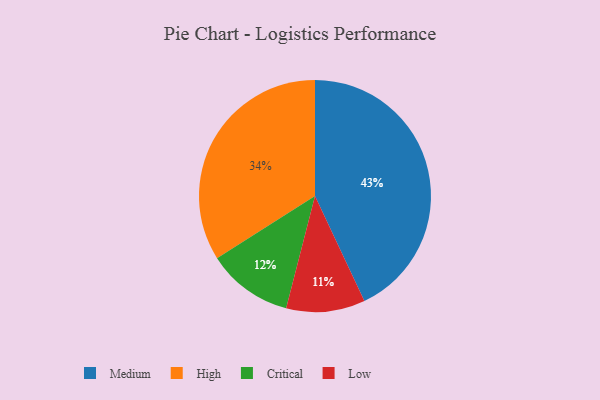
{"axis": {"x": "Category", "y": "Percentage"}, "legend": ["Critical", "High", "Low", "Medium"], "data": [{"x": "Low", "y": 11, "type": "Low"}, {"x": "Medium", "y": 43, "type": "Medium"}, {"x": "High", "y": 34, "type": "High"}, {"x": "Critical", "y": 12, "type": "Critical"}]}